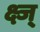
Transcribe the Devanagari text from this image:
क्ष्ज्